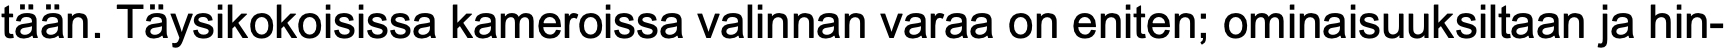
tään. Täysikokoisissa kameroissa valinnan varaa on eniten; ominaisuuksiltaan ja hin-